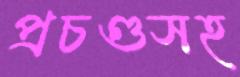
প্রচণ্ডসহ